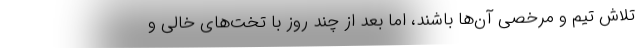
تلاش تیم و مرخصی آن‌ها باشند، اما بعد از چند روز با تخت‌های خالی و